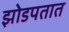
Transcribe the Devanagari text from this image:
झोडपतात